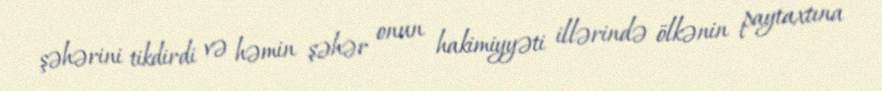
şəhərini tikdirdi və həmin şəhər onun hakimiyyəti illərində ölkənin paytaxtına